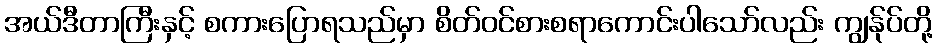
အယ်ဒီတာကြီးနှင့် စကားပြောရသည်မှာ စိတ်ဝင်စားစရာကောင်းပါသော်လည်း ကျွန်ုပ်တို့